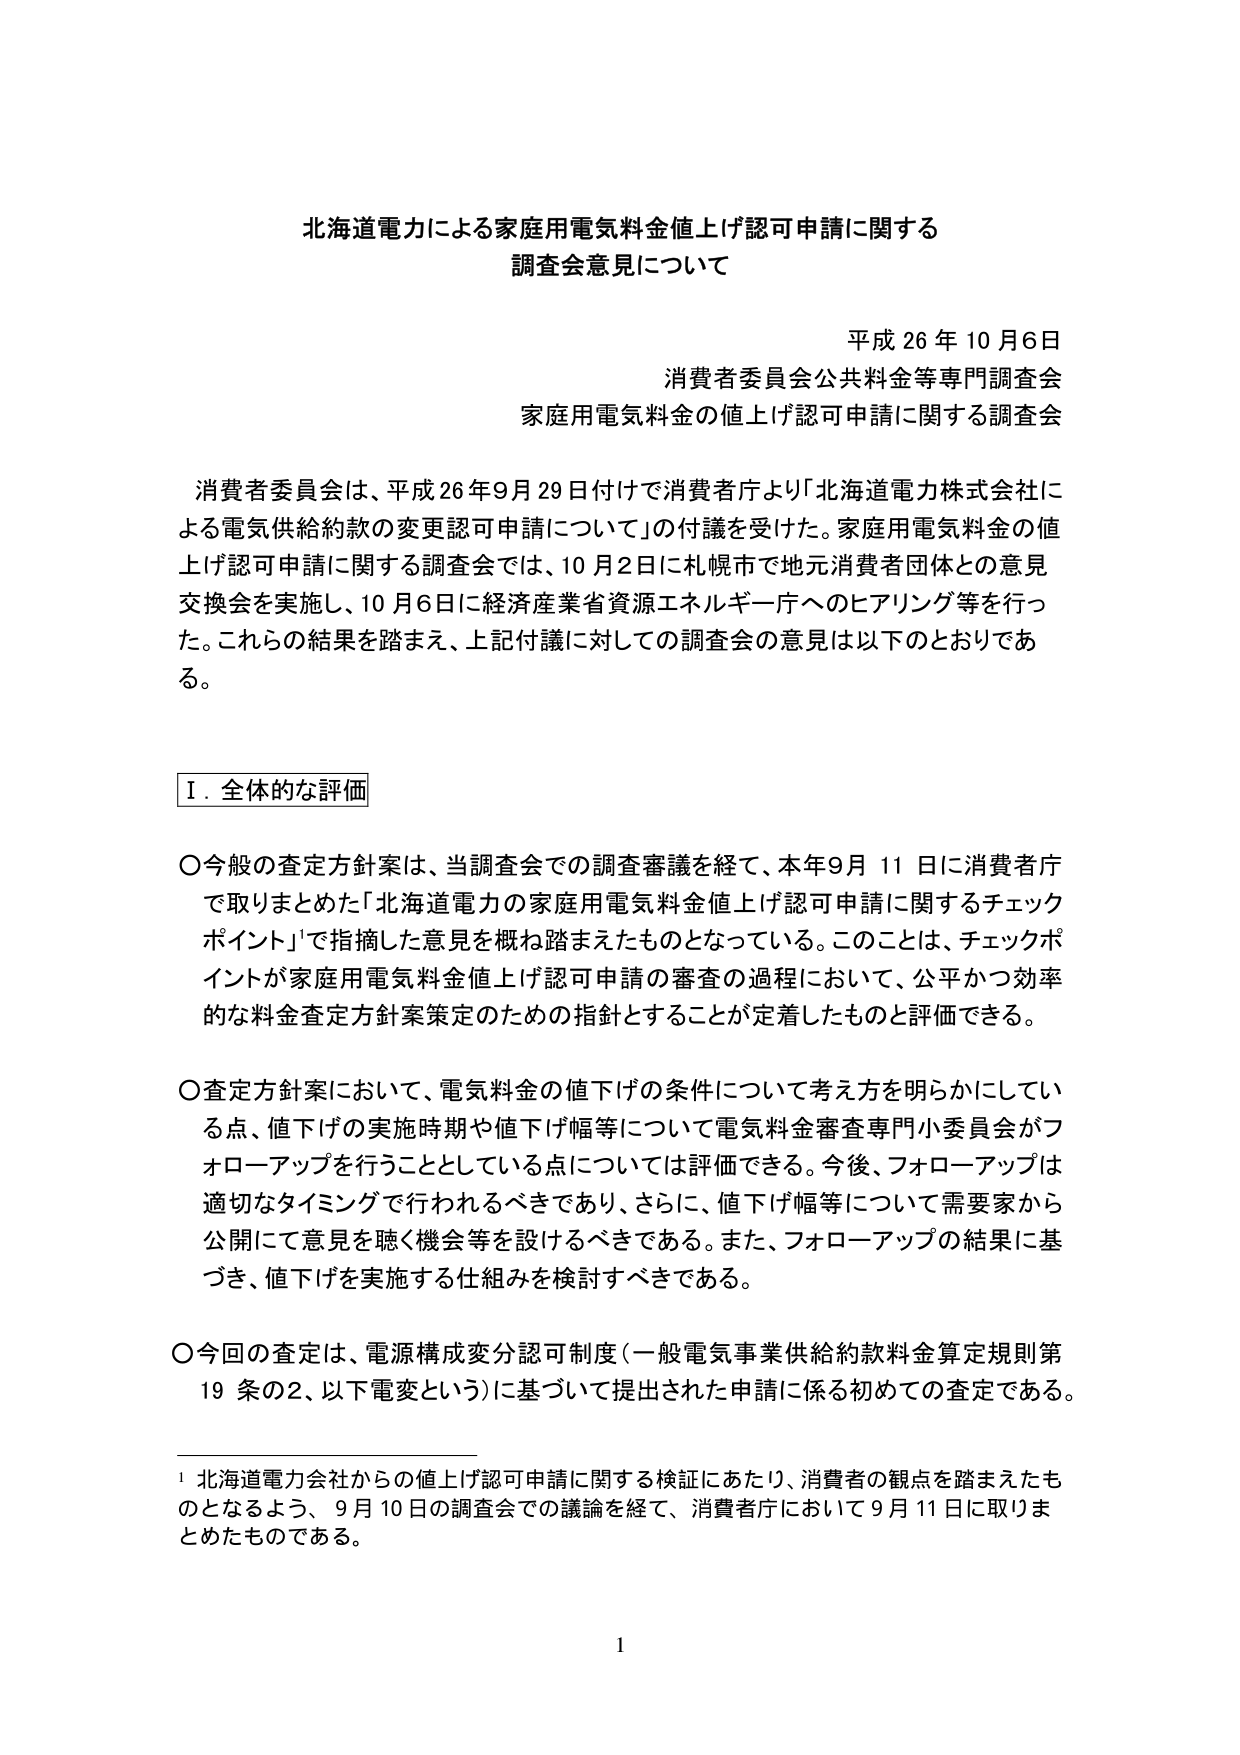
北海道電力による家庭用電気料金値上げ認可申請に関する
調査会意見について

平成26年10月6日
消費者委員会公共料金等専門調査会
家庭用電気料金の値上げ認可申請に関する調査会

消費者委員会は、平成26年9月29日付けで消費者庁より「北海道電力株式会社による電気供給約款の変更認可申請について」の付議を受けた。家庭用電気料金の値上げ認可申請に関する調査会では、10月2日に札幌市で地元消費者団体との意見交換会を実施し、10月6日に経済産業省資源エネルギー庁へのヒアリング等を行った。これらの結果を踏まえ、上記付議に対しての調査会の意見は以下のとおりである。

Ⅰ．全体的な評価

〇今般の査定方針案は、当調査会での調査審議を経て、本年9月11日に消費者庁で取りまとめた「北海道電力の家庭用電気料金値上げ認可申請に関するチェックポイント」で指摘した意見を概ね踏まえたものとなっている。このことは、チェックポイントが家庭用電気料金値上げ認可申請の審査の過程において、公平かつ効率的な料金査定方針案策定のための指針とすることが定着したものと評価できる。

〇査定方針案において、電気料金の値下げの条件について考え方を明らかにしている点、値下げの実施時期や値下げ幅等について電気料金審査専門小委員会がフォローアップを行うこととしている点については評価できる。今後、フォローアップは適切なタイミングで行われるべきであり、さらに、値下げ幅等について需要家から公開にて意見を聴く機会等を設けるべきである。また、フォローアップの結果に基づき、値下げを実施する仕組みを検討すべきである。

〇今回の査定は、電源構成変分認可制度（一般電気事業供給約款料金算定規則第19条の2、以下電変という）に基づいて提出された申請に係る初めての査定である。

¹ 北海道電力会社からの値上げ認可申請に関する検証にあたり、消費者の観点を踏まえたものとなるよう、9月10日の調査会での議論を経て、消費者庁において9月11日に取りまとめたものである。

1